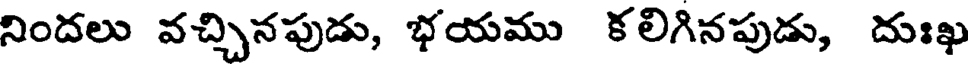
నిందలు వచ్చినపుడు, భయము కలిగినపుడు, దుఃఖ